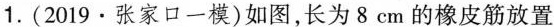
1. ( 2019 · 张家口一模)如图，长为 8 cm 的橡皮筋放置